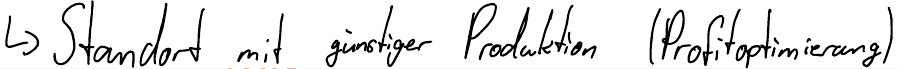
-> Standort mit günstiger Produktion (Profitoptimierung)